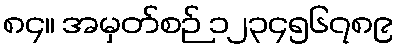
၈၄။ အမှတ်စဉ် ၁၂၃၄၅၆၇၈၉